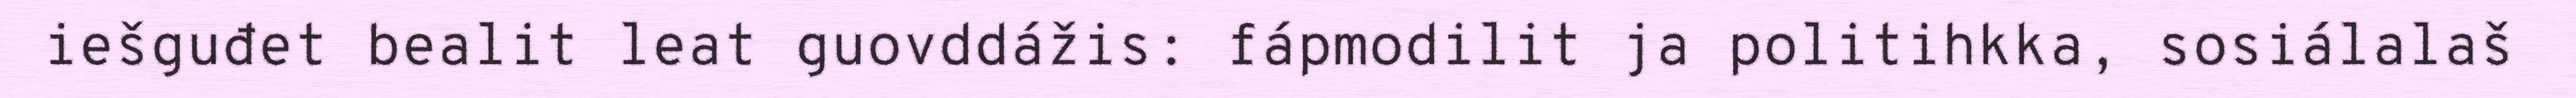
iešguđet bealit leat guovddážis: fápmodilit ja politihkka, sosiálalaš